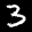
Label: 3